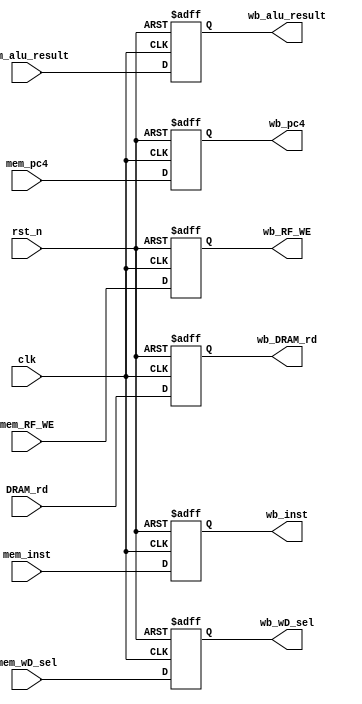
module MEM_WB(
     input clk,
     input rst_n,
     input [31:0] mem_alu_result,
     input [31:0] DRAM_rd,
     input [31:0] mem_pc4,
     input [1:0] mem_wD_sel,
     input mem_RF_WE,
     input [31:0] mem_inst,
     
     output reg [31:0] wb_inst,
     output reg wb_RF_WE,
     output reg [31:0] wb_alu_result,
     output reg [31:0] wb_DRAM_rd,
     output reg [31:0] wb_pc4,
     output reg [1:0] wb_wD_sel

    );
    
    always@(posedge clk or negedge rst_n)
    begin
         if(!rst_n) wb_alu_result<=32'b0;
         else wb_alu_result <= mem_alu_result;
    end
    
    always@(posedge clk or negedge rst_n)
    begin
         if(!rst_n) wb_DRAM_rd<=32'b0;
         else wb_DRAM_rd <= DRAM_rd;
    end
    
    always@(posedge clk or negedge rst_n)
    begin
         if(!rst_n) wb_pc4<=32'b0;
         else wb_pc4 <= mem_pc4;
    end
    
    always@(posedge clk or negedge rst_n)
    begin
         if(!rst_n) wb_inst<=32'b0;
         else wb_inst <= mem_inst;
    end
    
    
     always@(posedge clk or negedge rst_n)
    begin
         if(!rst_n) wb_RF_WE<=1'b0;
         else wb_RF_WE <= mem_RF_WE;
    end
    
    always@(posedge clk or negedge rst_n)
    begin
         if(!rst_n) wb_wD_sel<=2'b00;
         else wb_wD_sel <= mem_wD_sel;
    end
    
    
endmodule